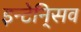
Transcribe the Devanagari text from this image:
इन्टेनि्सव